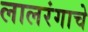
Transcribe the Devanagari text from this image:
लालरंगाचे